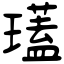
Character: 瓂